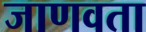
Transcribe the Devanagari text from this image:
जाणवता